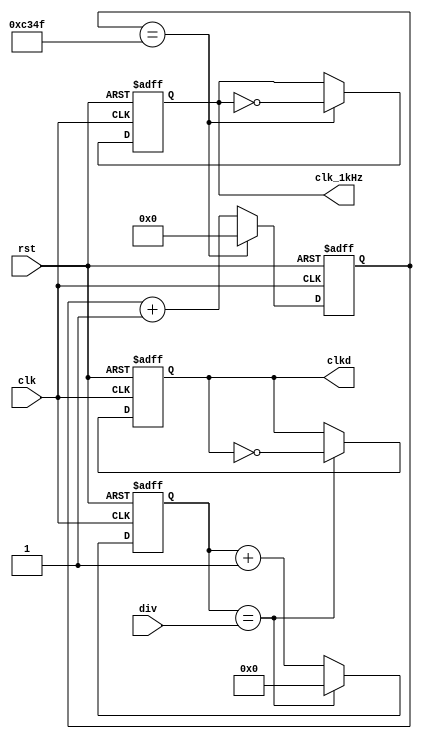
module DivFrec(clk,rst,div,clkd,clk_1kHz);
input wire clk,rst;
input wire [10:0]div;
output wire clkd;
output wire clk_1kHz;
reg [10:0]q = 0;
reg cd = 0;
reg [15:0]q_1kHz = 0;
reg cd_1kHz = 0;
always@(posedge clk, posedge rst)
	if (rst)
		begin
		q <= 0;
		cd <=0;
		end
	else 
		if (q==div)
			begin
			q <= 0;
			cd <= ~cd;
			end
		else
			q <= q + 11'b1;
assign clkd = cd;
always@(posedge clk, posedge rst)
	if (rst)
		begin
		q_1kHz <= 0;
		cd_1kHz <=0;
		end
	else 
		if (q_1kHz==16'd49999)
			begin
			q_1kHz <= 0;
			cd_1kHz <= ~cd_1kHz;
			end
		else
			q_1kHz <= q_1kHz + 16'b1;
assign clk_1kHz = cd_1kHz;
endmodule